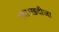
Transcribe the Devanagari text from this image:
गया।ख़दीजा